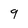
Character: 9